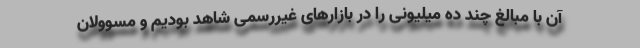
آن با مبالغ چند ده میلیونی را در بازارهای غیررسمی شاهد بودیم و مسوولان